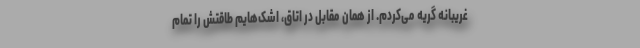
غریبانه گریه می‌کردم. از همان مقابل در اتاق، اشک‌هایم طاقتش را تمام